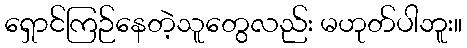
ရှောင်ကြဉ်နေတဲ့သူတွေလည်း မဟုတ်ပါဘူး။